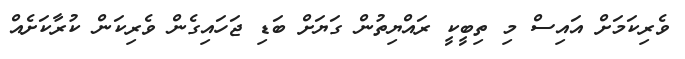
ވެރިކަމަށް އައިސް މި ތިބީކީ ރައްޔިތުން ގަޔަށް ބަޑި ޖަހައިގެން ވެރިކަން ކުރާކަށެއް